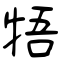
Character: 牾